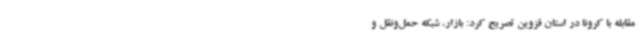
مقابله با کرونا در استان قزوین تصریح کرد: بازار، شبکه حمل‌ونقل و